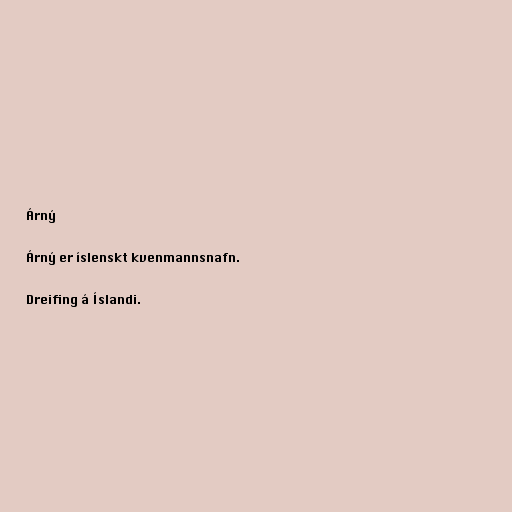
Árný

Árný er íslenskt kvenmannsnafn.

Dreifing á Íslandi.